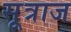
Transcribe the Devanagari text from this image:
सूत्राज